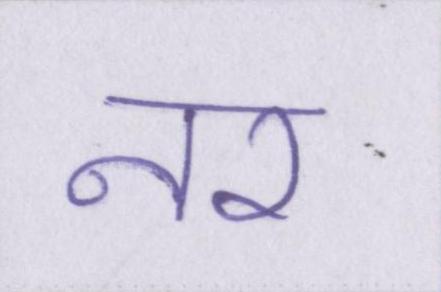
नर